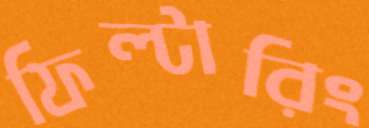
ফিল্টারিং